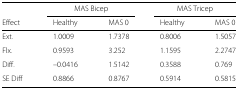
|  | <COLSPAN=2> MAS Bicep | <COLSPAN=2> MAS Tricep |
 | Effect | Healthy | MAS 0 | Healthy | MAS 0 |
 | --- | --- | --- | --- | --- |
 | Ext. | 1.0009 | 1.7378 | 0.8006 | 1.5057 |
 | Flx. | 0.9593 | 3.252 | 1.1595 | 2.2747 |
 | Diff. | –0.0416 | 1.5142 | 0.3588 | 0.769 |
 | SE Diff | 0.8866 | 0.8767 | 0.5914 | 0.5815 |